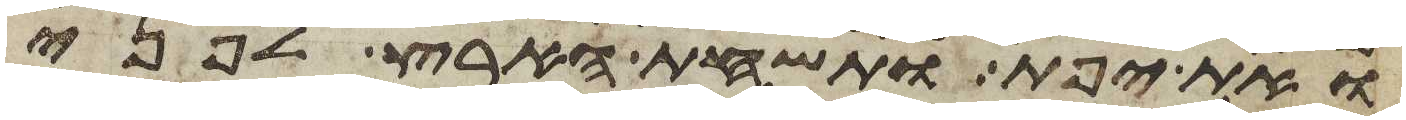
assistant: ואת יפת ותשחת הארץ לפני